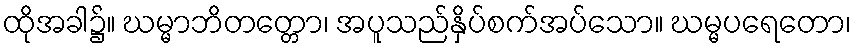
ထိုအခါ၌။ ဃမ္မာဘိတတ္တော၊ အပူသည်နှိပ်စက်အပ်သော။ ဃမ္မပရေတော၊